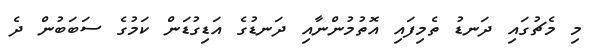
މި މެޗުގައި ދަނޑު ތެމިފައި އޮތުމުންނާއި ދަނޑުގެ އަޑިގުޑަން ކަމުގެ ސަބަބުން ދެ